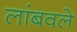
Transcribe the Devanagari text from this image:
लांबवले